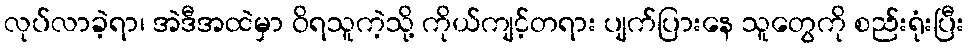
လုပ်လာခဲ့ရာ၊ အဲဒီအထဲမှာ ဝိရသူကဲ့သို့ ကိုယ်ကျင့်တရား ပျက်ပြားနေ သူတွေကို စည်းရုံးပြီး